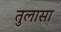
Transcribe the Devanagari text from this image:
तुलासा